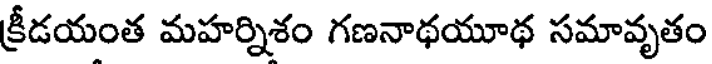
క్రీడయంత మహర్నిశం గణనాథయూథ సమావృతం